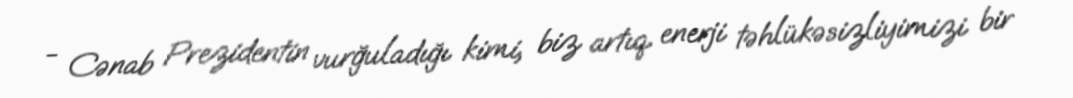
- Cənab Prezidentin vurğuladığı kimi, biz artıq enerji təhlükəsizliyimizi bir